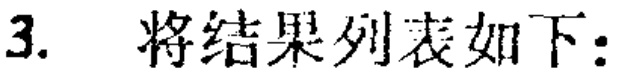
3. 将结果列表如下：